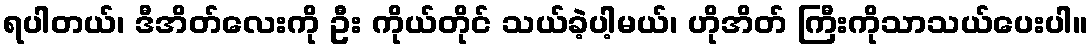
ရပါတယ်၊ ဒီအိတ်လေးကို ဦး ကိုယ်တိုင် သယ်ခဲ့ပါ့မယ်၊ ဟိုအိတ် ကြီးကိုသာသယ်ပေးပါ။